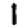
Digit: 1